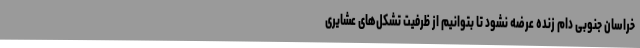
خراسان جنوبی دام زنده عرضه نشود تا بتوانیم از ظرفیت تشکل‌های عشایری